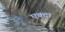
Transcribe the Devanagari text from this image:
एक्दा